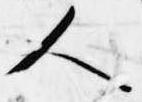
人